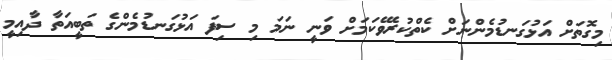
މިގޮތަށް އަޅުގަނޑުމެންނަށް ކެތްކުރެވޭކަމަށް ވަނީ ނަމަ މި ސިފަ އަޅުގަނޑުމެންގެ ތަބީއަތާ ދާއިމީ